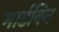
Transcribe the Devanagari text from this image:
मार्डविन